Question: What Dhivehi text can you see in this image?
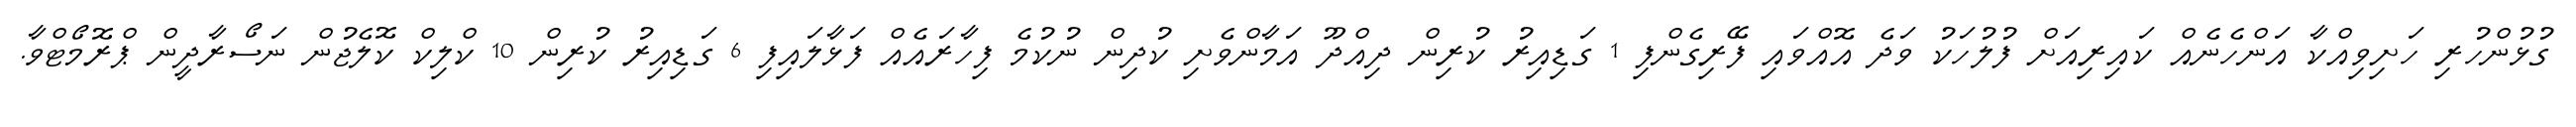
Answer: ގުޅުންހުރި ހަށިވިއްކާ އަންހެނެއް ކައިރިއަށް ފުލުހަކު ވަދެ އޮއްވައި ފޭރިގެންފި 1 ގަޑިއިރު ކުރިން ދިއްދޫ އަމާންވެށި ކުދިން ނުކުމެ ފިހާރައެއް ފަޅާލައިފި 6 ގަޑިއިރު ކުރިން 10 ކްލިކް ކޮލެޖުން ނަސޯރާދީން ޕްރޮމޯޓްވާ.